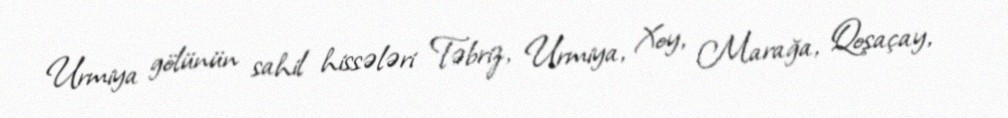
Urmiya gölünün sahil hissələri Təbriz, Urmiya, Xoy, Marağa, Qoşaçay,